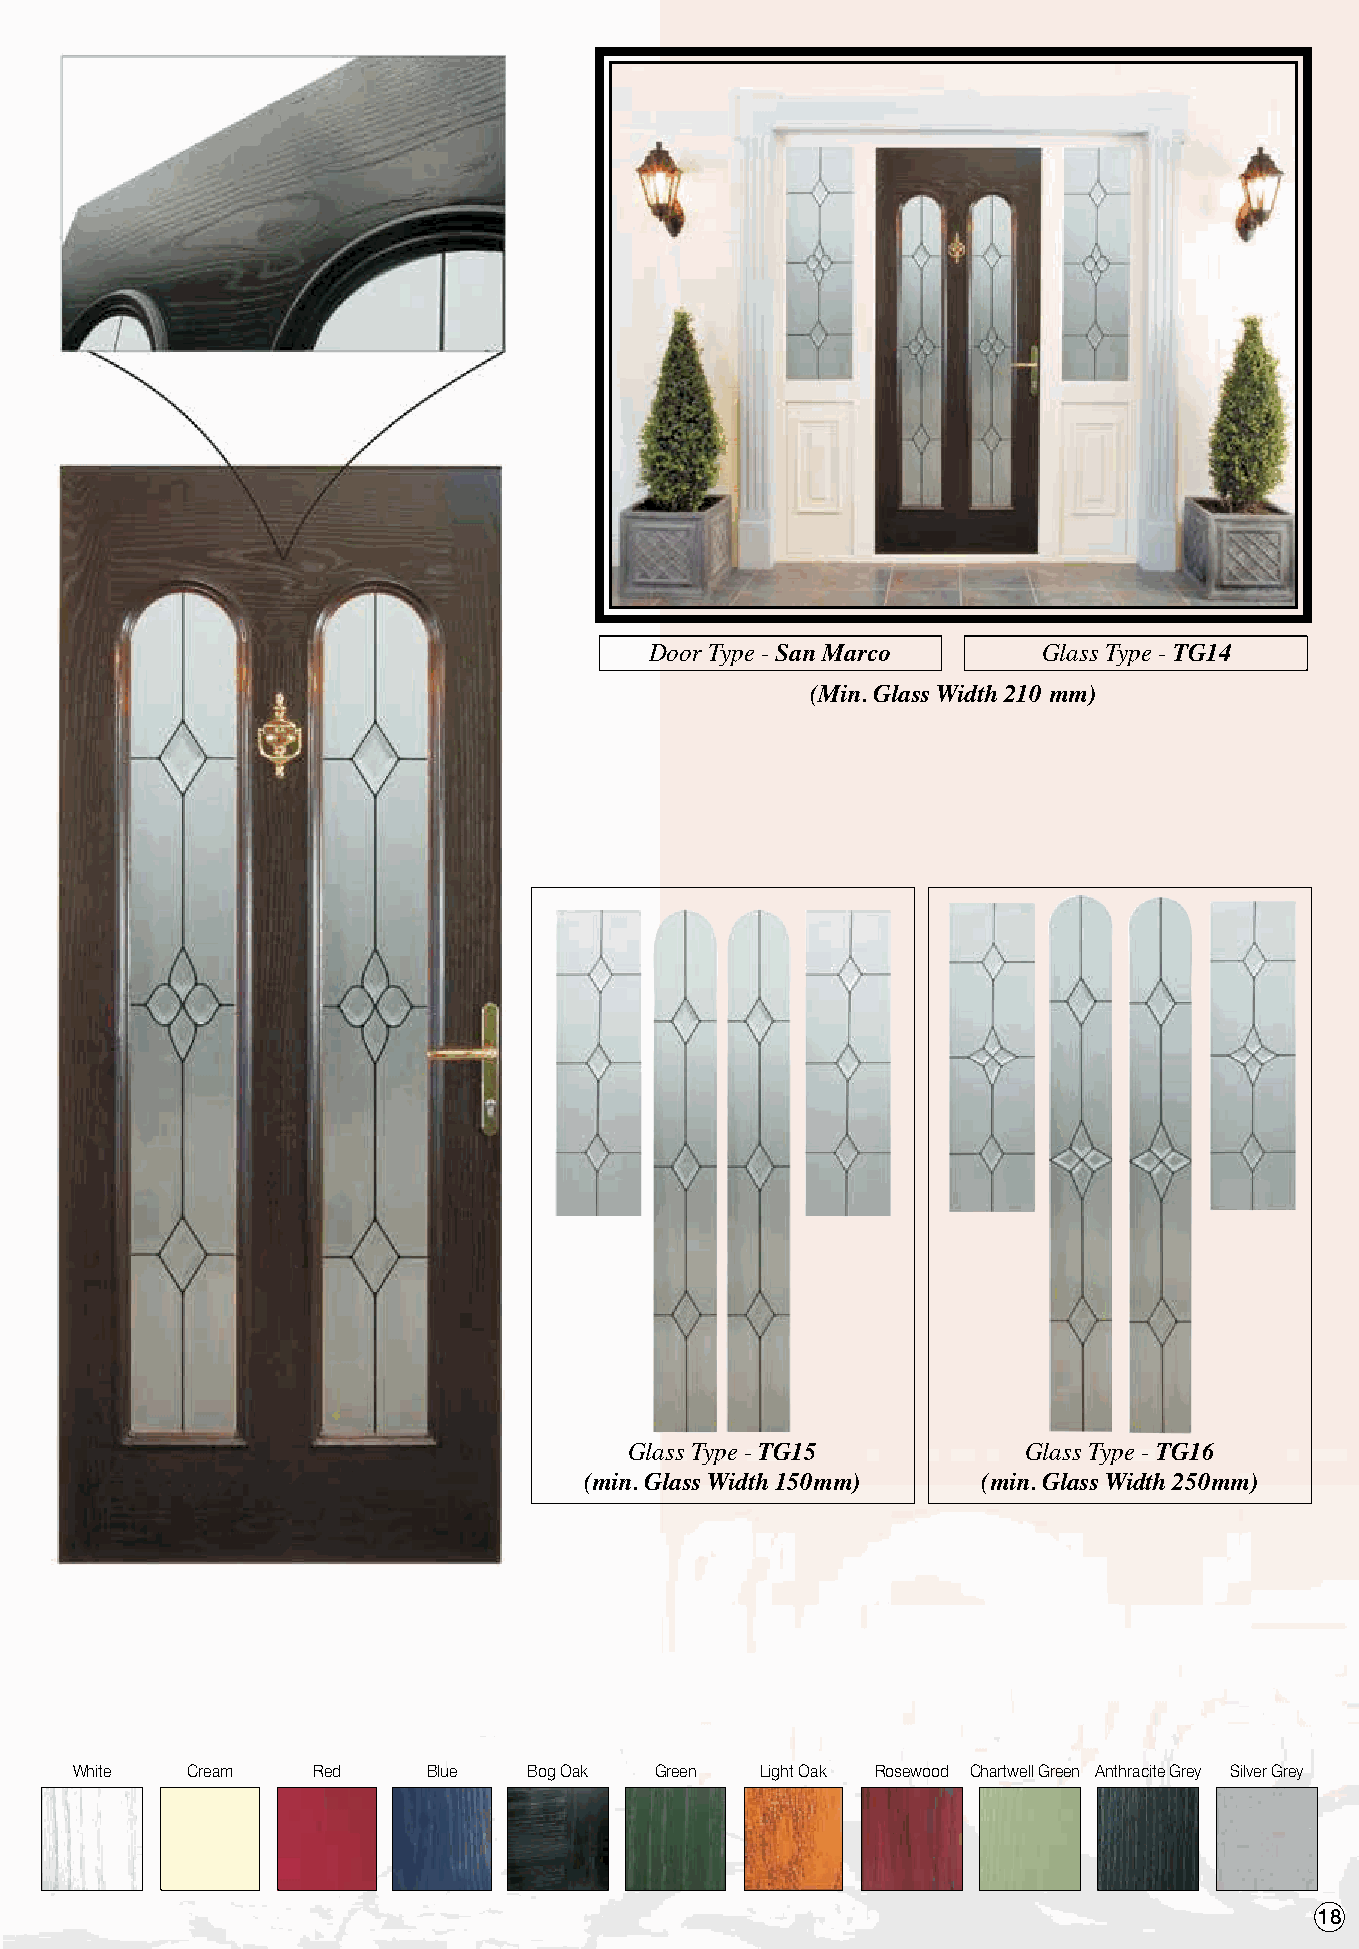
Door Type - San Marco     Glass Type - TG14
 (Min. Glass Width 210 mm)
 Glass Type - TG15         Glass Type - TG16
 (min. Glass Width 150mm)  (min. Glass Width 250mm)
 White  Cream    Red    Blue   Bog Oak Green  Light Oak Rosewood Chartwell Green Anthracite Grey Silver Grey
 18